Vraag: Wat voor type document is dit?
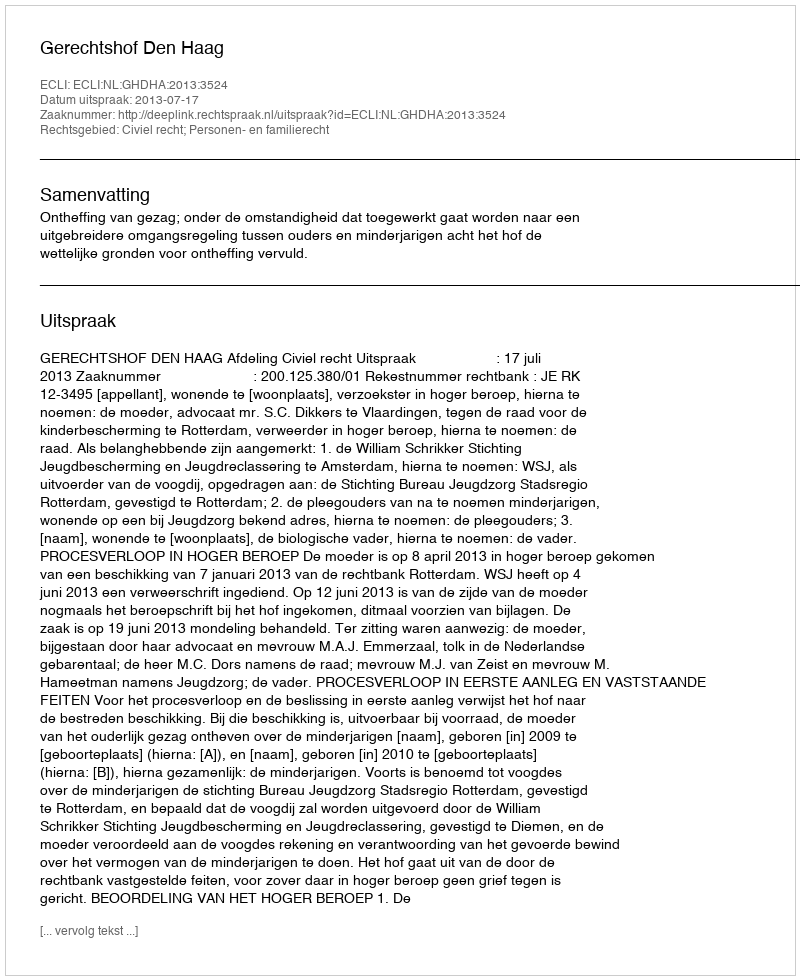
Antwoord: Uitspraak